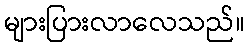
များပြားလာလေသည်။